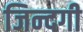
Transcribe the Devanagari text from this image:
जिन्‍दगी